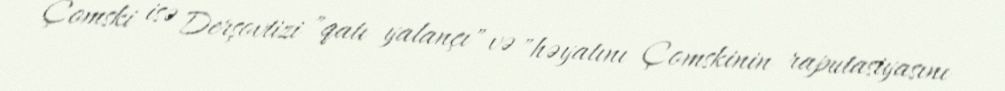
Çomski isə Derşovtizi "qatı yalançı" və "həyatını Çomskinin raputasiyasını